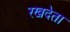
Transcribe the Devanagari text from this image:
रखदेता